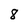
Character: 8